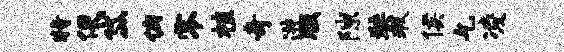
特便岱俯零植奇进版隙奘瑕侯乞凌